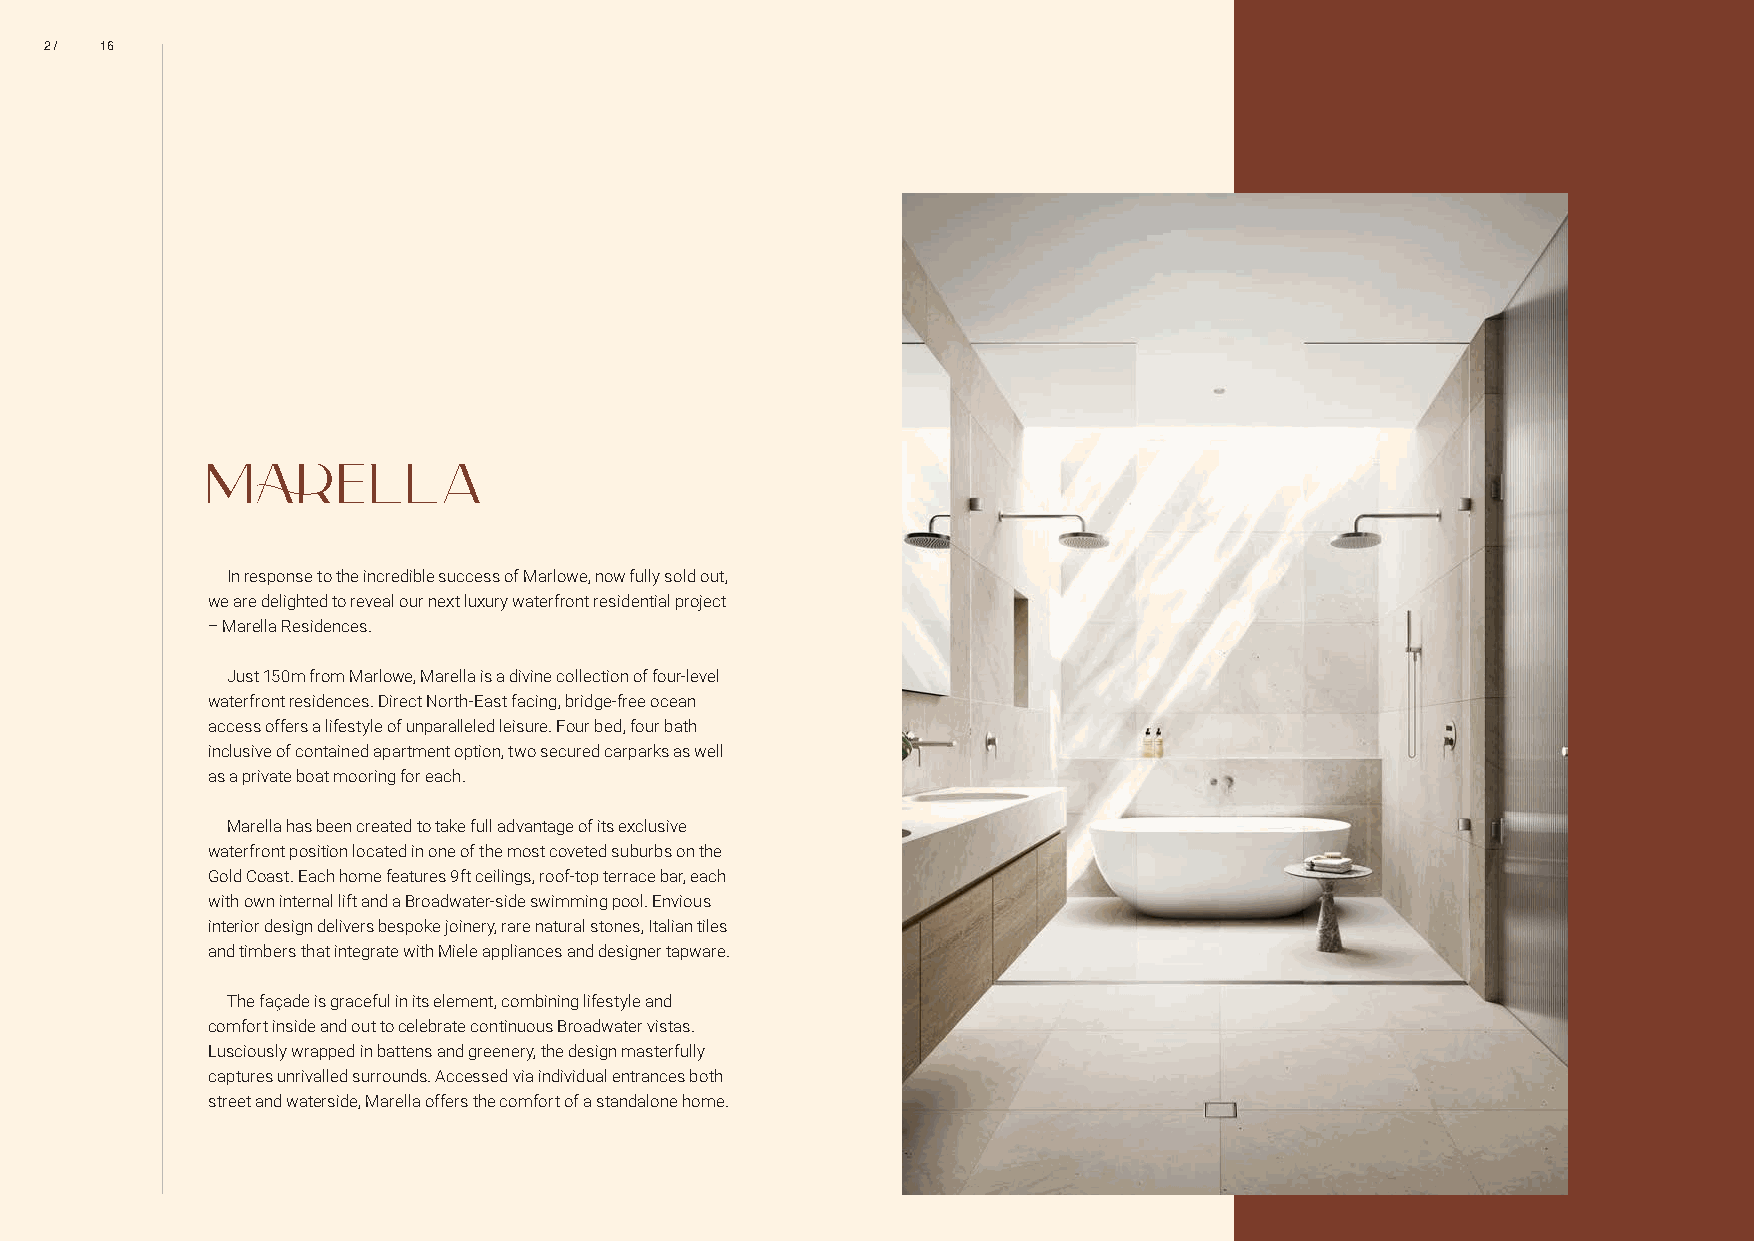
2 / 16
 In response to the incredible success of Marlowe, now fully sold out,
 we are delighted to reveal our next luxury waterfront residential project
 – Marella Residences.
 Just 150m from Marlowe, Marella is a divine collection of four-level
 waterfront residences. Direct North-East facing, bridge-free ocean
 access offers a lifestyle of unparalleled leisure. Four bed, four bath
 inclusive of contained apartment option, two secured carparks as well
 as a private boat mooring for each.
 Marella has been created to take full advantage of its exclusive
 waterfront position located in one of the most coveted suburbs on the
 Gold Coast. Each home features 9ft ceilings, roof-top terrace bar, each
 with own internal lift and a Broadwater-side swimming pool. Envious
 interior design delivers bespoke joinery, rare natural stones, Italian tiles
 and timbers that integrate with Miele appliances and designer tapware.
 The façade is graceful in its element, combining lifestyle and
 comfort inside and out to celebrate continuous Broadwater vistas.
 Lusciously wrapped in battens and greenery, the design masterfully
 captures unrivalled surrounds. Accessed via individual entrances both
 street and waterside, Marella offers the comfort of a standalone home.